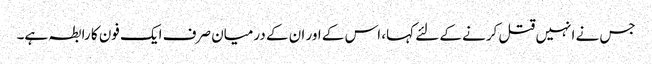
جس نے انہیں قتل کرنے کے لئے کہا، اس کے اور ان کے درمیان صرف ایک فون کا رابطہ ہے۔